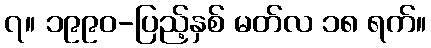
၇။ ၁၉၉၀-ပြည့်နှစ် မတ်လ ၁၈ ရက်။